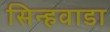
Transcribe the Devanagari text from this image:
सिन्हवाडा